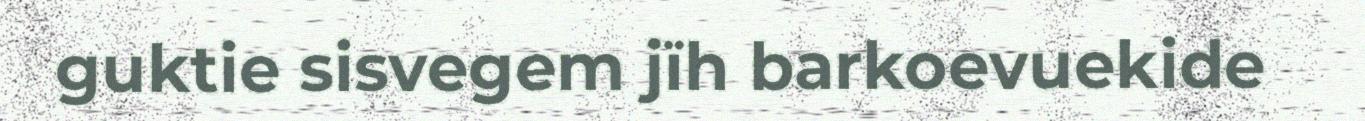
guktie sisvegem jïh barkoevuekide